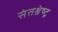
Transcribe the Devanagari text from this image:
संतश्रेष्ट्र